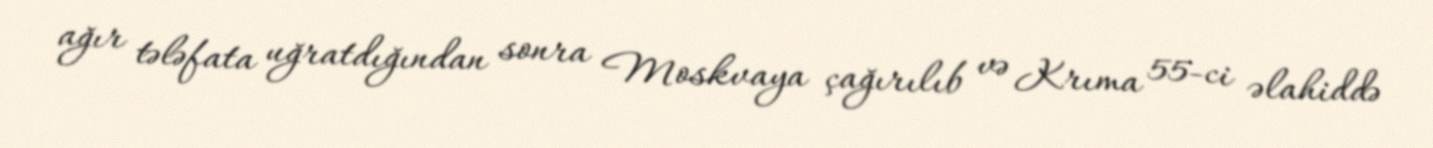
ağır tələfata uğratdığından sonra Moskvaya çağırılıb və Krıma 55-ci əlahiddə